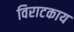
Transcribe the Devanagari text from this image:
विराटकाय